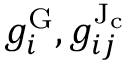
g _ { i } ^ { \mathrm { G } } , g _ { i j } ^ { \mathrm { J _ { c } } }